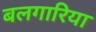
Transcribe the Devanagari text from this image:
बलगारिया